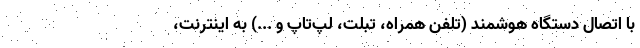
با اتصال دستگاه هوشمند (تلفن همراه، تبلت، لپ‌تاپ و ...) به اینترنت،